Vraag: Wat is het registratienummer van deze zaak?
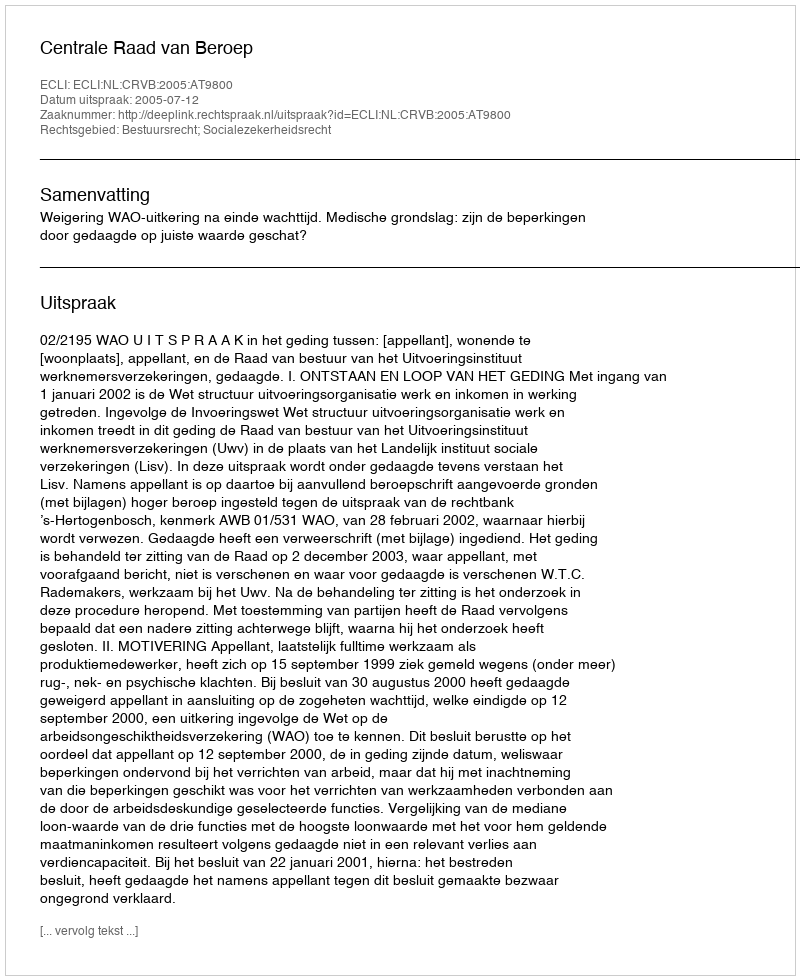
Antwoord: http://deeplink.rechtspraak.nl/uitspraak?id=ECLI:NL:CRVB:2005:AT9800